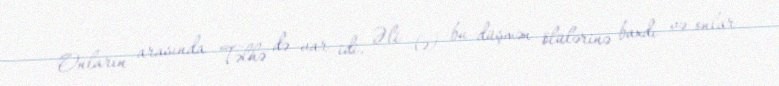
Onların arasında Təlhə də var idi. Əli (ə) bu düşmən ölülərinə baxdı və onlar